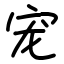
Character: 宠